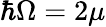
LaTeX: \hbar\Omega=2\mu